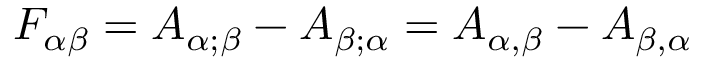
F _ { \alpha \beta } = A _ { \alpha ; \beta } - A _ { \beta ; \alpha } = A _ { \alpha , \beta } - A _ { \beta , \alpha }